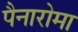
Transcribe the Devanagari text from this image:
पैनारोमा